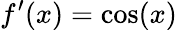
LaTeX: f^{\prime}(x)=\cos(x)